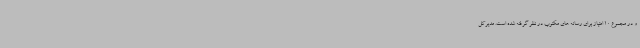
و در مجموع 10 امتیاز برای رسانه های مکتوب در نظر گرفته شده است. مدیرکل